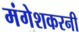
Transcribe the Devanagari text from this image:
मंगेशकरनी